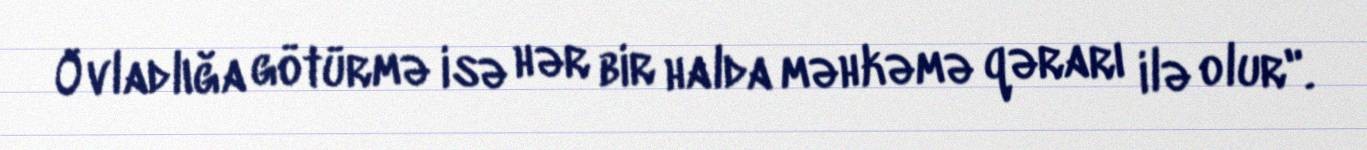
Övladlığa götürmə isə hər bir halda məhkəmə qərarı ilə olur".